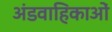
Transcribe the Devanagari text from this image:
अंडवाहिकाओं